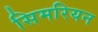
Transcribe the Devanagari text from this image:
सिमरियन